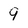
Character: 9